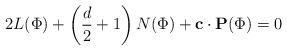
LaTeX: \begin{align*}2L(\Phi)+\left(\frac{d}{2}+1\right)N(\Phi)+\mathbf{c}\cdot \mathbf{P}(\Phi)=0\end{align*}